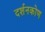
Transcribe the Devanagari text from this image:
दर्शनकोण